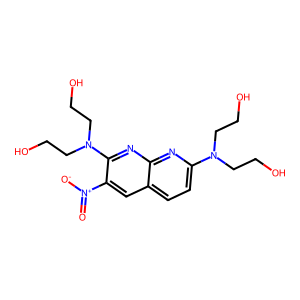
SMILES: O=[N+]([O-])c1cc2ccc(N(CCO)CCO)nc2nc1N(CCO)CCO
Inhibits HIV replication: No